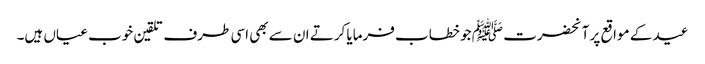
عید کے مواقع پر آنحضرت ﷺ جو خطاب فرمایا کرتے ان سے بھی اسی طرف تلقین خوب عیاں ہیں۔